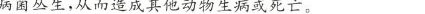
病菌丛生，从而造成其他动物生病或死亡。